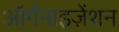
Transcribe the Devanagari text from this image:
ऑर्गनाइज़ेंशन